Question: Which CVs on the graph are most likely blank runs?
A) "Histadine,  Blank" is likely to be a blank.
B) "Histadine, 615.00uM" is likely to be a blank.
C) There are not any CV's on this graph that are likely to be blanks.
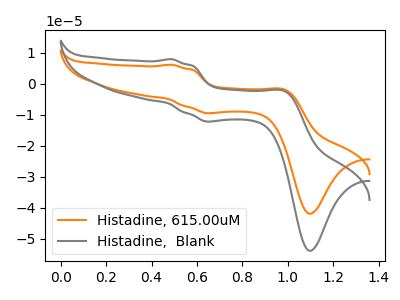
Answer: <think>The orange curve "Histadine, 615.00uM" has anodic peaks at (0.50V, 6.20uA) (1.00V, -1.95uA) and cathodic peaks at (0.65V, -9.45uA) (1.10V, -41.85uA). The gray curve "Histadine,  Blank" has anodic peaks at (0.50V, 7.95uA) (1.00V, -2.50uA) and cathodic peaks at (0.65V, -12.15uA) (1.10V, -53.80uA).</think>
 <answer>C) There are not any CV's on this graph that are likely to be blanks.</answer>
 <eval>C</eval>